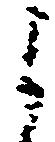
よ